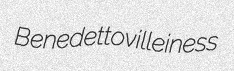
Benedetto villeiness